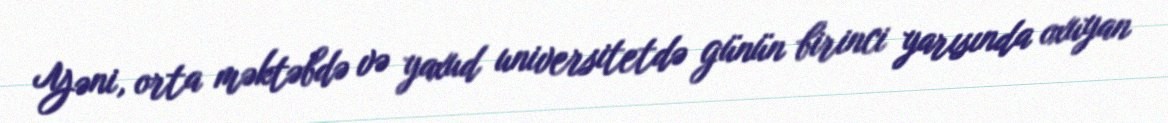
Yəni, orta məktəbdə və yaxud universitetdə günün birinci yarısında oxuyan